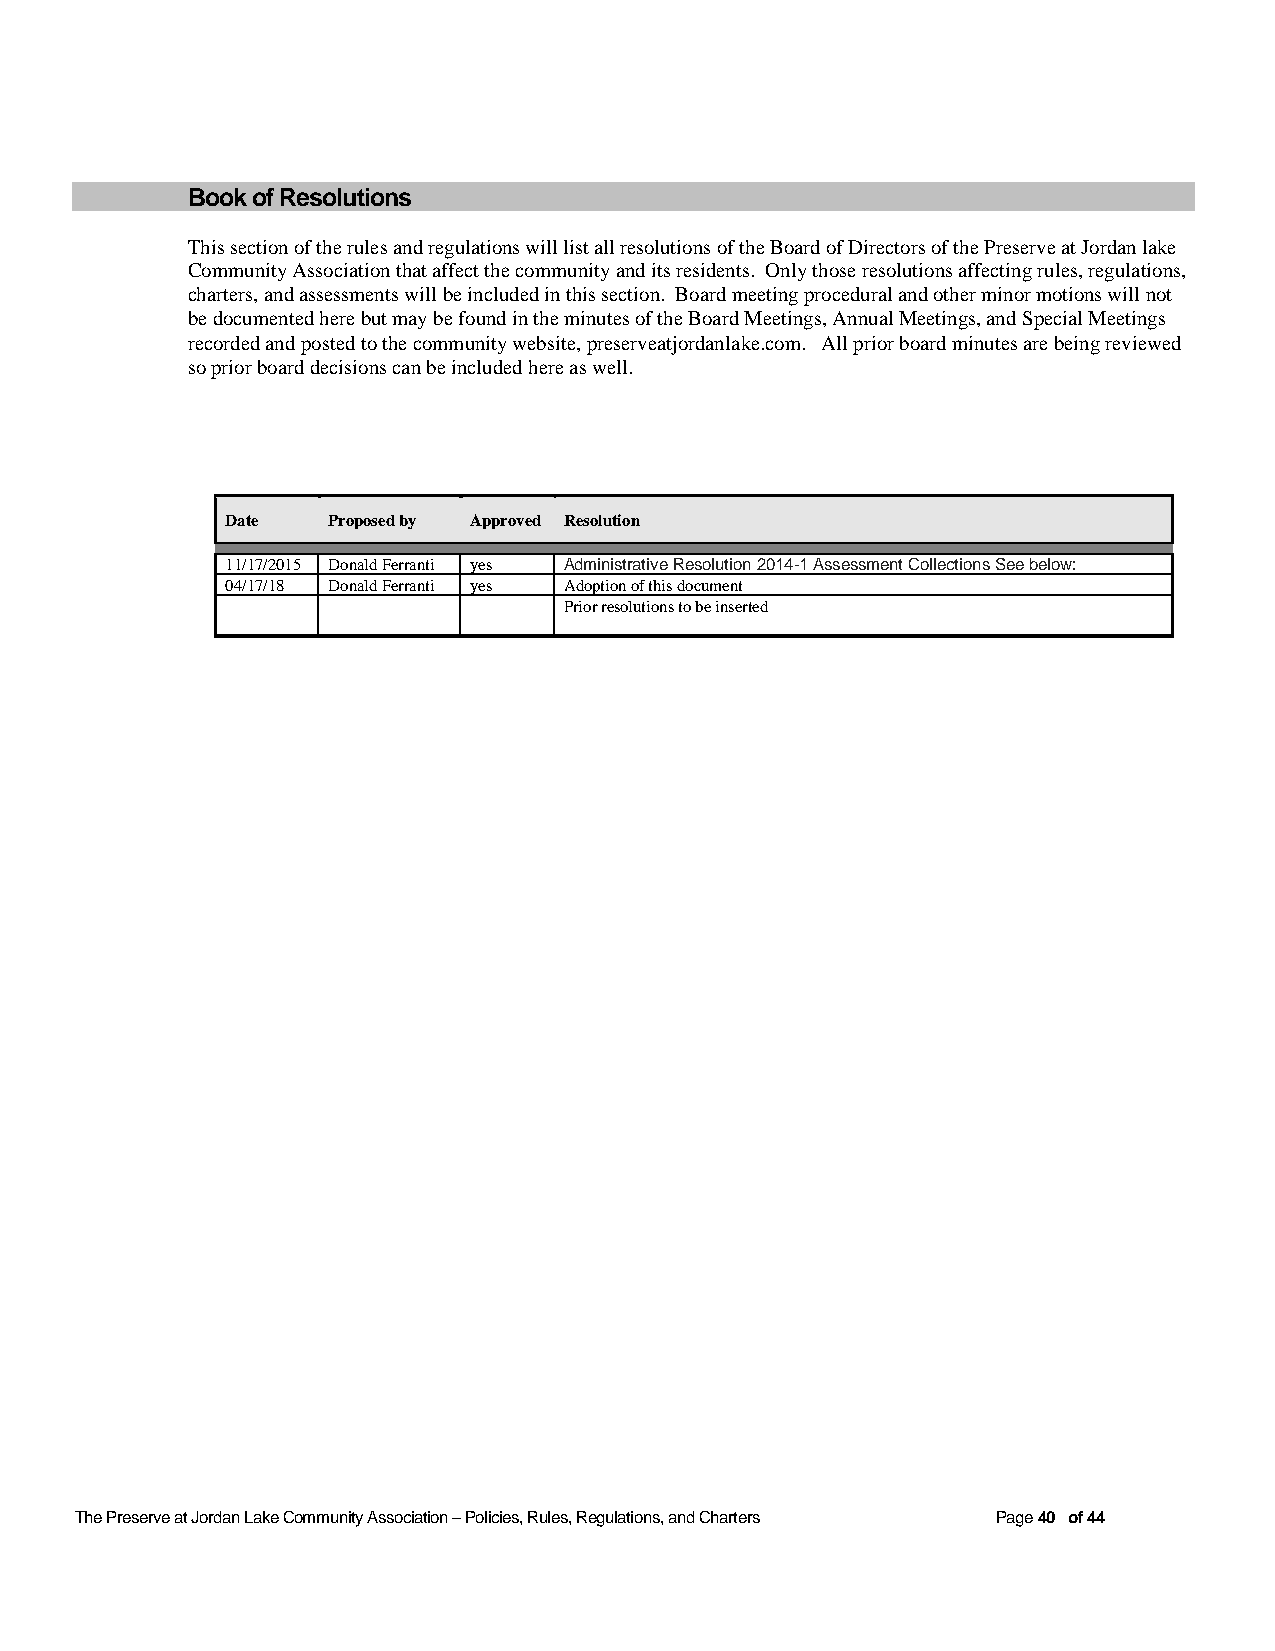
Book of Resolutions
 This section of the rules and regulations will list all resolutions of the Board of Directors of the Preserve at Jordan lake
 Community Association that affect the community and its residents. Only those resolutions affecting rules, regulations,
 charters, and assessments will be included in this section. Board meeting procedural and other minor motions will not
 be documented here but may be found in the minutes of the Board Meetings, Annual Meetings, and Special Meetings
 recorded and posted to the community website, preserveatjordanlake.com. All prior board minutes are being reviewed
 so prior board decisions can be included here as well.
 Date   Proposed by Approved Resolution
 11/17/2015 Donald Ferranti yes Administrative Resolution 2014-1 Assessment Collections See below:
 04/17/18 Donald Ferranti yes Adoption of this document
 Prior resolutions to be inserted
 The Preserve at Jordan Lake Community Association – Policies, Rules, Regulations, and Charters Page 40 of 44